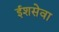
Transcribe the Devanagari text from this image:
ईशसेवा